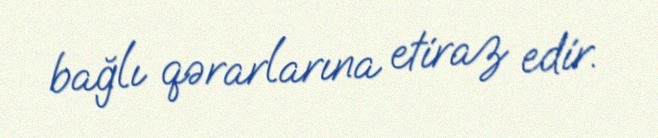
bağlı qərarlarına etiraz edir.